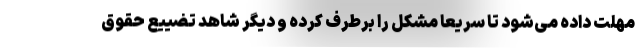
مهلت داده ‌می‌شود تا سریعا مشکل را برطرف کرده و دیگر شاهد تضییع حقوق